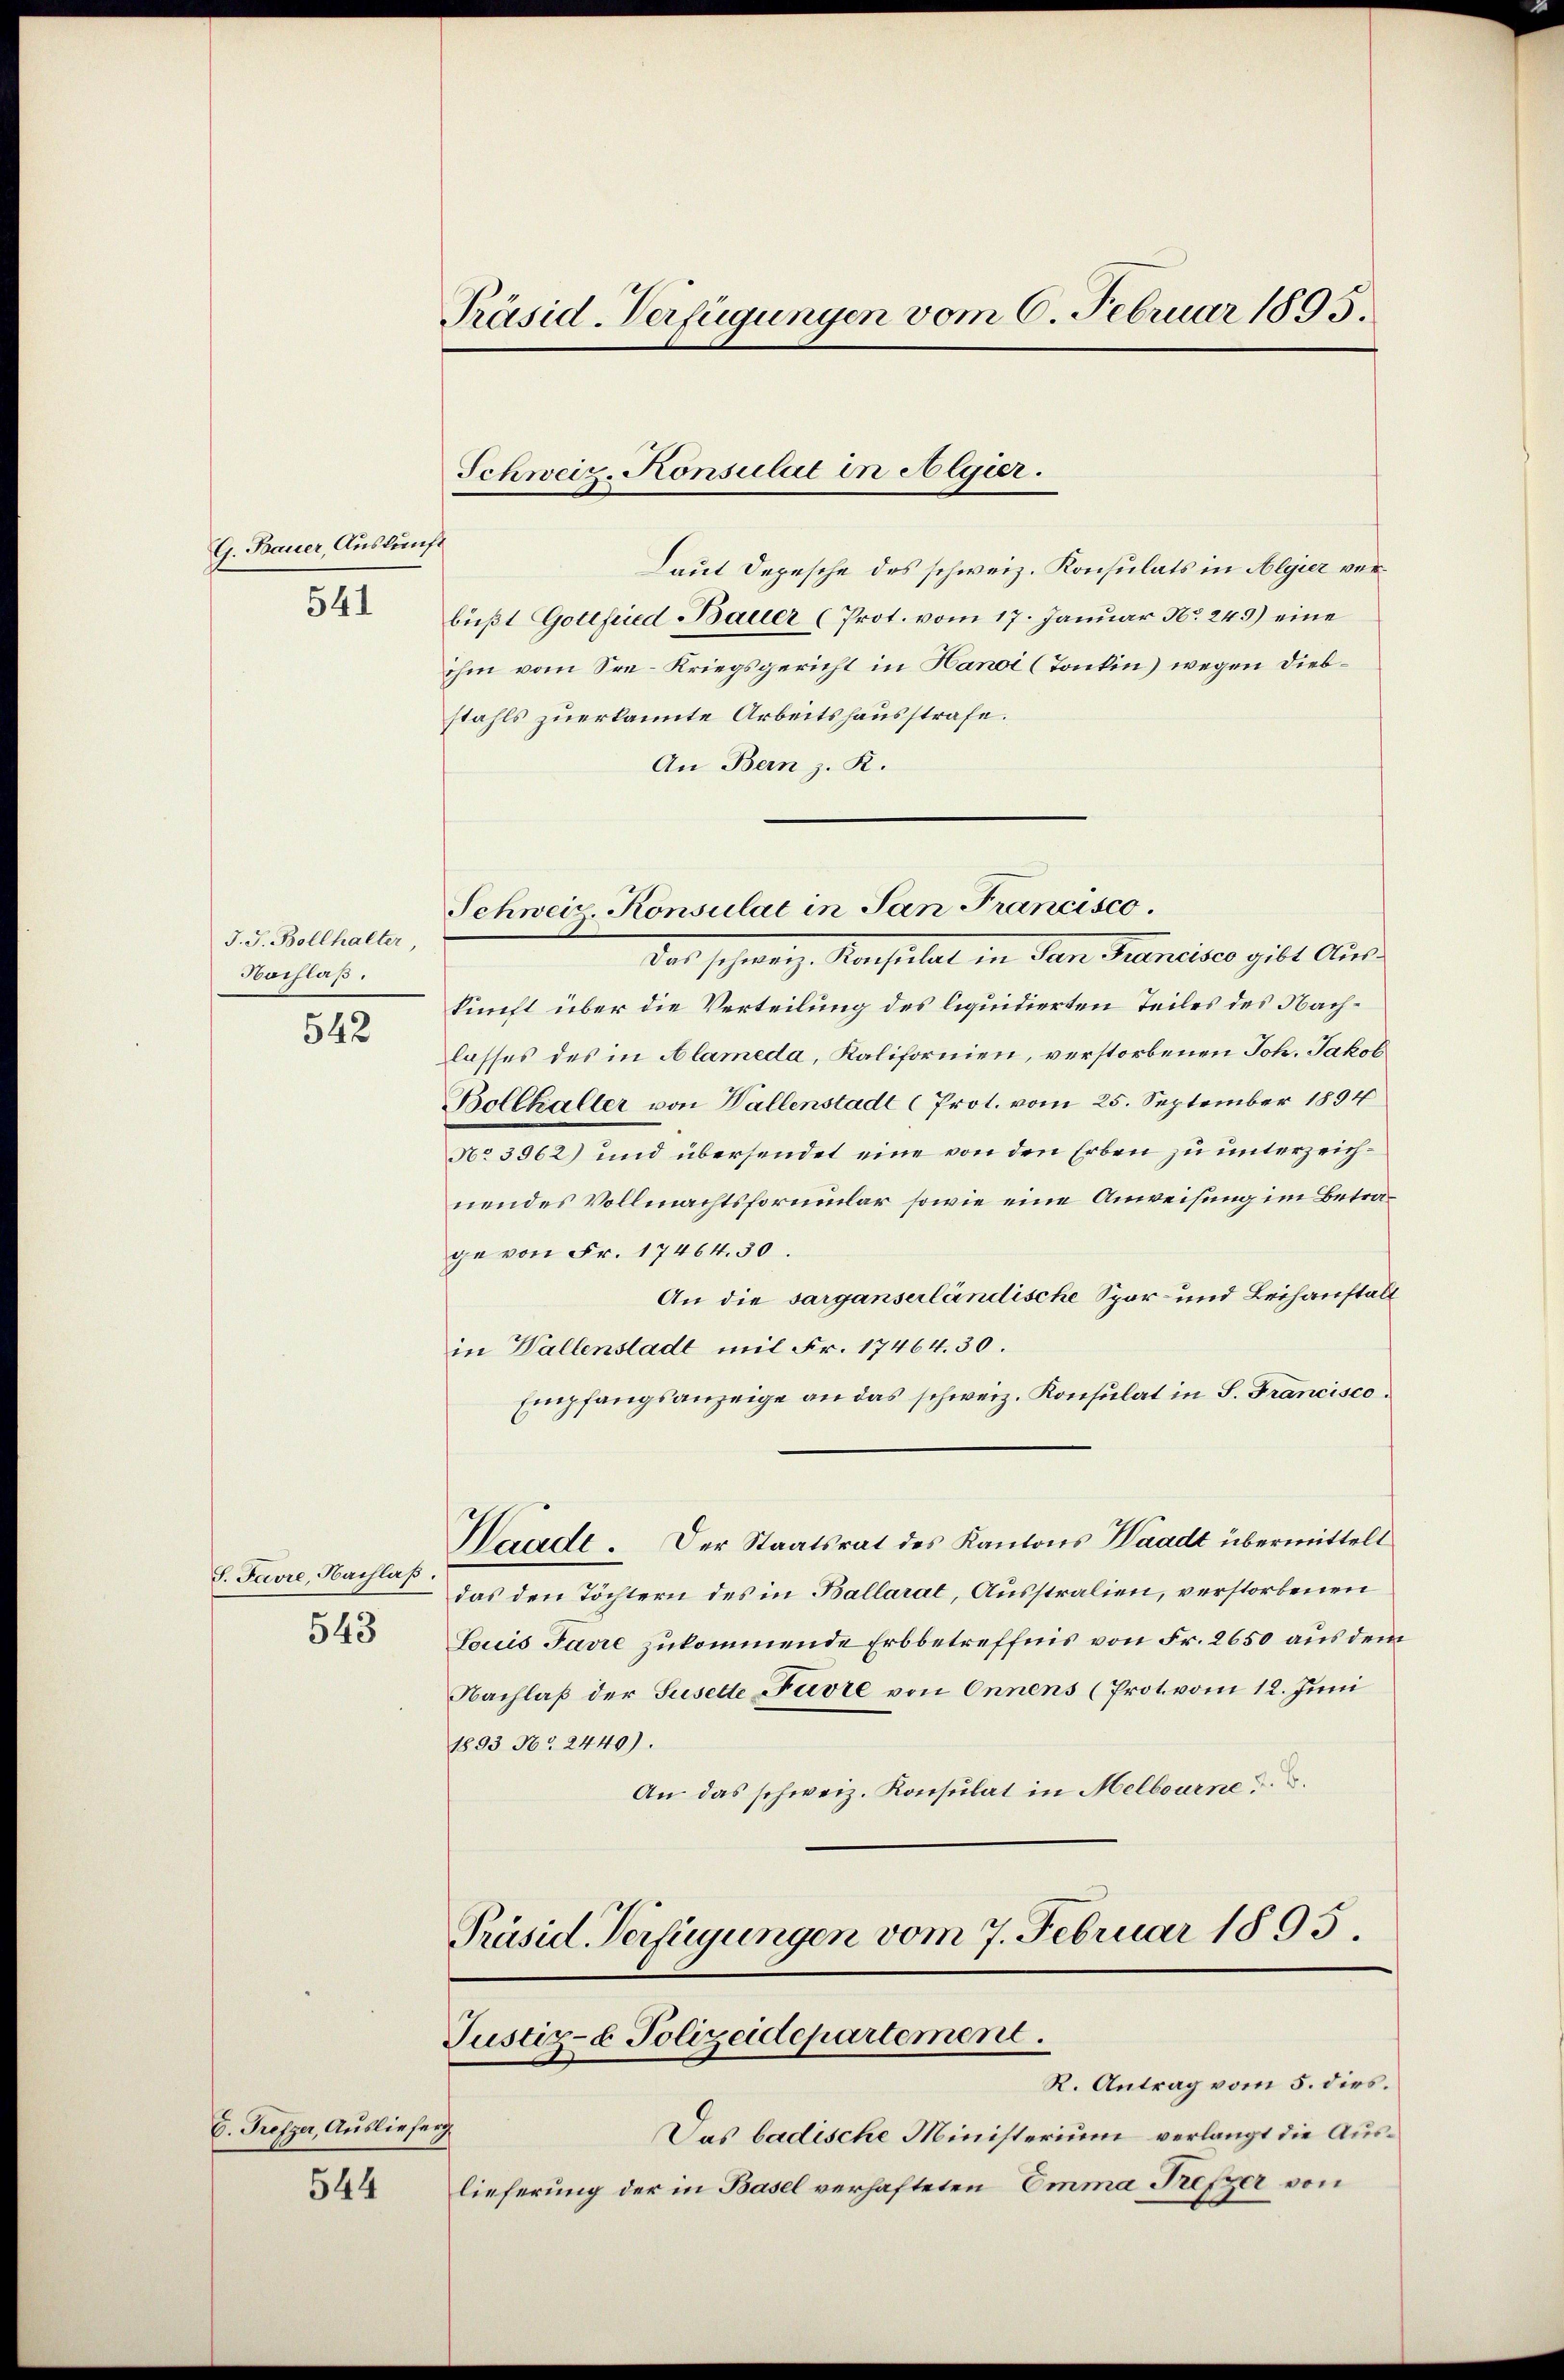
G. Bauer, Auskunft

541

J. J. Bollhalter,
Nochlaß.

542

S. Favre, Nachlaß.
543

C. Profzer, Ausliefer

544

Präsid-Verfügungen vom 6. Februar 1895.

Laut Depesche des schweiz. Konsulats in Algier verbüßt Gottfried Bauer (Prot. vom 17. Januar No. 249) eine
ihm vom See-Kriegsgericht in Hanoi (Tonkin) wegen Diebstahls zuerkannte Arbeitshausstrafe.
An Bern z. R.

Schweiz. Konsulat in Algier.

Schweiz. Konsulat in San Francisco

ob. Konsulat in den Brancisco gibt dies
kunft über die Verteilung des liquidierten Teiles des Nachlasses des in Alameda, Kalifornien, verstorbenen Joh. Jakob
Bollhaller von Wallenstadt (Prot. vom 25. September 1894
No 3962) und übersendet eine von den Erben zu unterzeichnendes Vollmachtsformular sowie eine Anweisung im Betrage von Fr. 17464. 30.
An die sarganserländische Spar- und Leihanstalt
in Wallenstadt mit Fr. 17464. 30.
Empfangsanzeige an das schweiz. Konsulat in S. Francisco
Haade. Der Staatsrat des Kantons Waadt übermittelt
das den Töchtern des in Ballarat, Ausstralien, verstorbenen
Louis Favre zukommende Erbbetreffnis von Fr. 2650 aus dem
Nachlaß der Susette Favre von Onnens (Prot. vom 12. Juni
1893 No 2440).
An das schweiz. Konsulat in Melbourne

Prüsid Verfügungen vom 7. Februar 1895.
Justiz- & Polizeidepartement.
R. Antrag vom 5. dies.

ich
Das badische Ministerium verlangt die Auslieferung der in Basel verhafteten Emma Frefzer von